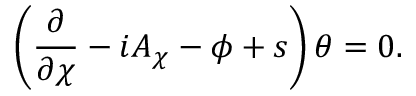
\left( \frac { \partial } { \partial \chi } - i A _ { \chi } - \phi + s \right) \theta = 0 .